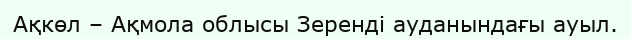
Ақкөл – Ақмола облысы Зеренді ауданындағы ауыл.